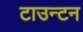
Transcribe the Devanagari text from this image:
टाउन्टन